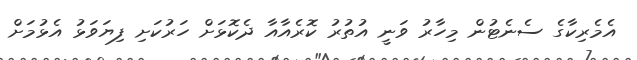
އެމެރިކާގެ ސެނެޓުން މިހާރު ވަނީ އުތުރު ކޮރެއާއާ ދެކޮޅަށް ހަރުކަށި ފިޔަވަޅު އެޅުމަށް